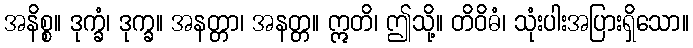
အနိစ္စ။ ဒုက္ခံ၊ ဒုက္ခ။ အနတ္တာ၊ အနတ္တ။ ဣတိ၊ ဤသို့။ တိဝိဓံ၊ သုံးပါးအပြားရှိသော။